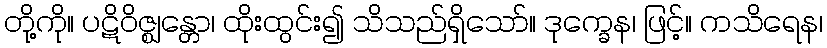
တို့ကို။ ပဋိဝိဇ္ဈန္တော၊ ထိုးထွင်း၍ သိသည်ရှိသော်။ ဒုက္ခေန၊ ဖြင့်။ ကသိရေန၊